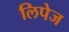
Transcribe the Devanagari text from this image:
लिपेज